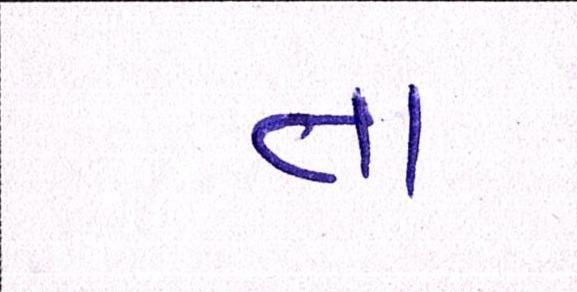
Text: તા